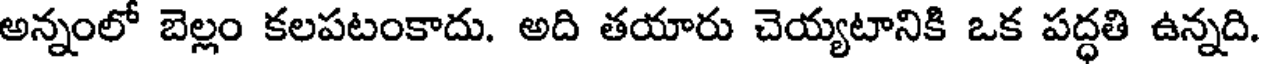
అన్నంలో బెల్లం కలపటంకాదు. అది తయారు చెయ్యటానికి ఒక పద్ధతి ఉన్నది.